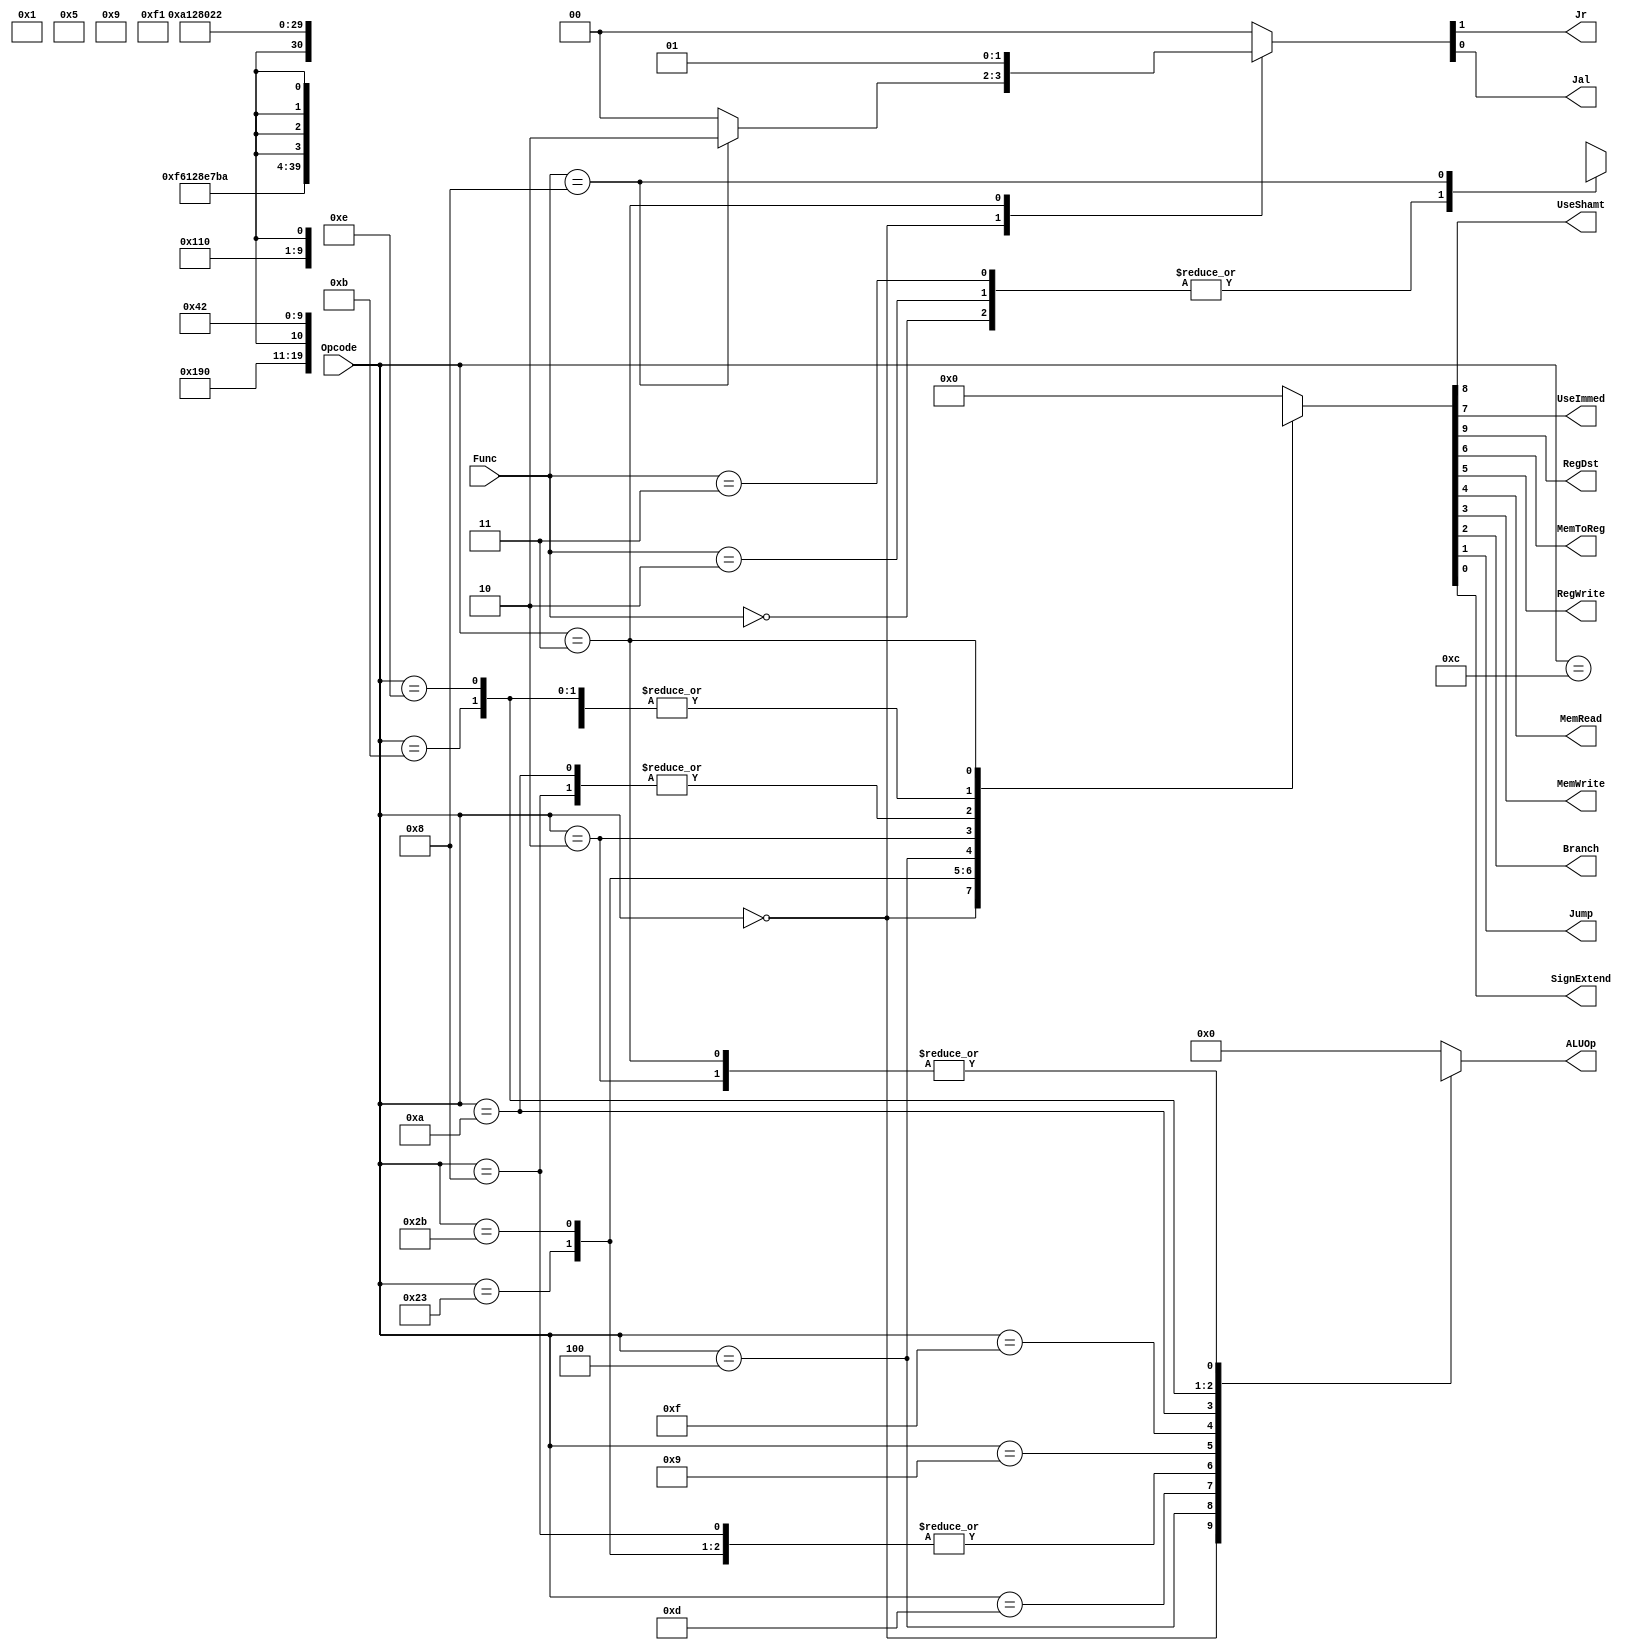
`timescale 1ns / 1ps
// Define Opcodes
`define RTYPEOPCODE 6'b000000
`define LWOPCODE 6'b100011
`define SWOPCODE 6'b101011
`define BEQOPCODE 6'b000100
`define JOPCODE 6'b000010
`define ORIOPCODE 6'b001101
`define ADDIOPCODE 6'b001000
`define ADDIUOPCODE 6'b001001
`define ANDIOPCODE 6'b001100
`define LUIOPCODE 6'b001111
`define SLTIOPCODE 6'b001010
`define SLTIUOPCODE 6'b001011
`define XORIOPCODE 6'b001110
`define JALOPCODE 6'b000011
// Define Function codes (used for R-type instructions)
`define SLLFunc 6'b000000
`define SRLFunc 6'b000010
`define SRAFunc 6'b000011
`define ADDFunc 6'b100000
`define ADDUFunc 6'b100001
`define SUBFunc 6'b100010
`define SUBUFunc 6'b100011
`define ANDFunc 6'b100100
`define ORFunc 6'b100101
`define XORFunc 6'b100110
`define NORFunc 6'b100111
`define SLTFunc 6'b101010
`define SLTUFunc 6'b101011
`define JRFunc 6'b001000
// Define ALU operation codes
`define AND 4'b0000
`define OR 4'b0001
`define ADD 4'b0010
`define SLL 4'b0011
`define SRL 4'b0100
`define SUB 4'b0110
`define SLT 4'b0111
`define ADDU 4'b1000
`define SUBU 4'b1001
`define XOR 4'b1010
`define SLTU 4'b1011
`define NOR 4'b1100
`define SRA 4'b1101
`define LUI 4'b1110
module ControlUnit(UseShamt, UseImmed, RegDst, MemToReg, RegWrite,
MemRead, MemWrite, Branch, Jump, SignExtend, Jr, Jal, ALUOp, Opcode, Func);
// Define inputs and outputs
input [5:0]Opcode;
input [5:0] Func;
output reg UseShamt, UseImmed;
output reg [3:0] ALUOp;
output reg RegDst, MemToReg, RegWrite, MemRead, MemWrite, Branch, Jump, Jr,
Jal, SignExtend;
always @(*)
begin
case(Opcode)
`RTYPEOPCODE: begin
// R-Type instruction
ALUOp <=4'b1111;
case(Func)
// Shift Instruction
`SLLFunc: begin
{RegDst, UseShamt,UseImmed, MemToReg, RegWrite,
MemRead, MemWrite, Branch, Jump, SignExtend} <=10'b110010000x;
{Jr, Jal} <=2'b00;
end
// Shift Instruction
`SRLFunc: begin
{RegDst, UseShamt,UseImmed, MemToReg, RegWrite,
MemRead, MemWrite, Branch, Jump, SignExtend} <= 10'b110010000x;
{Jr, Jal} <=2'b00;
end
// Shift Instruction
`SRAFunc: begin
{RegDst, UseShamt,UseImmed, MemToReg, RegWrite,
MemRead, MemWrite, Branch, Jump, SignExtend} <= 10'b110010000x;
{Jr, Jal} <=2'b00;
end
`JRFunc: begin
{RegDst, UseShamt,UseImmed,
MemToReg, RegWrite, MemRead, MemWrite, Branch, Jump, SignExtend}
<=10'b0001000010;
{Jr, Jal} <=2'b10;
end
//R type instruction that are not shift
default: begin
{RegDst, UseShamt,UseImmed, MemToReg, RegWrite,
MemRead, MemWrite, Branch, Jump, SignExtend} <=10'b100010000x;
{Jr, Jal} <=2'b00;
end
endcase
end
// Load opcode
`LWOPCODE: begin
ALUOp <=`ADD;
{RegDst, UseShamt,UseImmed, MemToReg, RegWrite, MemRead, MemWrite,
Branch, Jump, SignExtend} <=10'b0011110001;
{Jr, Jal} <=2'b00;
end
// Store word opcode
`SWOPCODE: begin
{RegDst, UseShamt,UseImmed, MemToReg, RegWrite, MemRead, MemWrite,
Branch, Jump, SignExtend} <=10'bx01x001001;
ALUOp <=`ADD;
{Jr, Jal} <=2'b00;
end
// Branch if equal opcode
`BEQOPCODE: begin
{RegDst, UseShamt,UseImmed, MemToReg, RegWrite, MemRead, MemWrite,
Branch, Jump, SignExtend} <=10'bx00x000101;
ALUOp <= `SUB;
{Jr, Jal} <=2'b00;
end
// Jump opcode
`JOPCODE: begin
{RegDst, UseShamt,UseImmed, MemToReg, RegWrite, MemRead, MemWrite,
Branch, Jump, SignExtend} <=10'bx00x00001x;
ALUOp <=4'bxxxx;
{Jr, Jal} <=2'b00;
end
// Or immediate opcode
`ORIOPCODE: begin
{RegDst, UseShamt,UseImmed, MemToReg, RegWrite, MemRead, MemWrite,
Branch, Jump, SignExtend} <=10'b0010100000;
ALUOp <=`OR;
{Jr, Jal} <=2'b00;
end
// Add immediate opcode
`ADDIOPCODE: begin
{RegDst, UseShamt,UseImmed, MemToReg, RegWrite, MemRead, MemWrite,
Branch, Jump, SignExtend} <=10'b0010100001;
ALUOp <=`ADD;
{Jr, Jal} <=2'b00;
end
// Add immediate unsigned opcode
`ADDIUOPCODE: begin
{RegDst, UseShamt,UseImmed, MemToReg, RegWrite, MemRead, MemWrite,
Branch, Jump, SignExtend} <=10'b0010100000;
ALUOp <=`ADDU;
{Jr, Jal} <=2'b00;
end
// AND bitwise with immediate opcode
`ANDIOPCODE: begin
{RegDst, UseShamt,UseImmed, MemToReg, RegWrite, MemRead, MemWrite,
Branch, Jump, SignExtend} <=10'b0010100000;
ALUOp <=`AND;
{Jr, Jal} <=2'b00;
end
// Load Upper Immediate opcode
`LUIOPCODE: begin
{RegDst, UseShamt,UseImmed, MemToReg, RegWrite, MemRead, MemWrite,
Branch, Jump, SignExtend} <=10'b0010100000;
ALUOp <=`LUI;
{Jr, Jal} <=2'b00;
end
// Set less than Immediate opcode
`SLTIOPCODE: begin
{RegDst, UseShamt,UseImmed, MemToReg, RegWrite, MemRead, MemWrite,
Branch, Jump, SignExtend} <=10'b0010100001;
ALUOp <=`SLT;
{Jr, Jal} <=2'b00;
end
// Set less than Immediate unsigned opcode
`SLTIUOPCODE: begin
{RegDst, UseShamt,UseImmed, MemToReg, RegWrite, MemRead, MemWrite,
Branch, Jump, SignExtend} <=10'b0010100000;
ALUOp <=`SLTU;
{Jr, Jal} <=2'b00;
end
// XOR bitwise Immediate opcode
`XORIOPCODE: begin
{RegDst, UseShamt,UseImmed, MemToReg, RegWrite, MemRead, MemWrite,
Branch, Jump, SignExtend} <=10'b0010100000;
ALUOp <=`XOR;
{Jr, Jal} <=2'b00;
end
`JALOPCODE:begin
{RegDst, UseShamt,UseImmed, MemToReg, RegWrite, MemRead,
MemWrite, Branch, Jump, SignExtend} <=10'b0000100010;
ALUOp <=4'bxxxx;
{Jr, Jal} <=2'b01;
end
default: begin
{RegDst, UseShamt,UseImmed, MemToReg, RegWrite, MemRead, MemWrite,
Branch, Jump, SignExtend} <=10'b0000000000;
ALUOp <=4'b0000;
{Jr, Jal} <=2'b00;
end
endcase
end
endmodule